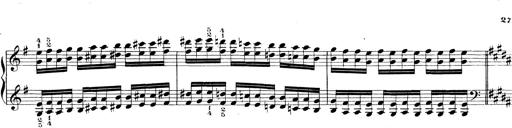
Title: Technische Studien
Composer: Franz Liszt